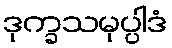
ဒုက္ခသမုပ္ပါဒံ